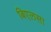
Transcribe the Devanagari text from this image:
बिएलसा